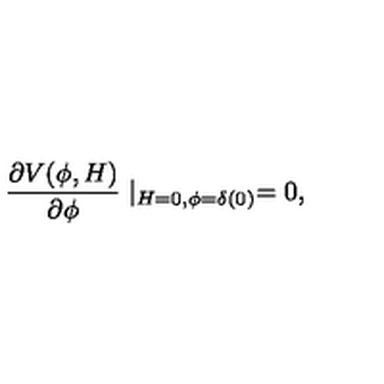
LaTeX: \frac { \partial V ( \phi , H ) } { \partial \phi } \mid _ { H = 0 , \phi = \delta ( 0 ) } = 0 ,